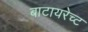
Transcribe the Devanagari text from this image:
बाटायरेच्ट